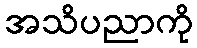
အသိပညာကို